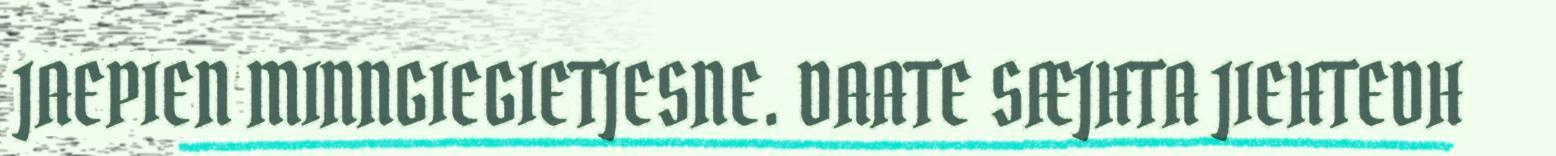
JAEPIEN MINNGIEGIETJESNE. DAATE SÆJHTA JIEHTEDH